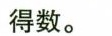
得数。